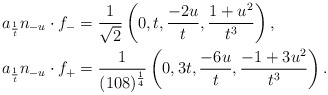
\begin{align*} a_{\frac{1}{t}}n_{-u} \cdot f_{-} &= \frac{1}{\sqrt{2}}\left(0, t, \frac{-2u}{t}, \frac{1+u^2}{t^3}\right),\\ a_{\frac{1}{t}}n_{-u} \cdot f_{+} &= \frac{1}{(108)^{\frac{1}{4}}}\left( 0, 3t, \frac{-6u}{t}, \frac{-1+3u^2}{t^3}\right).\end{align*}